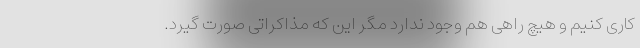
کاری کنیم و هیچ راهی هم وجود ندارد مگر این که مذاکراتی صورت گیرد.